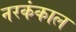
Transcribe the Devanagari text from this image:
नरकंकाल